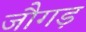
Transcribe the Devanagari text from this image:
जौगड़